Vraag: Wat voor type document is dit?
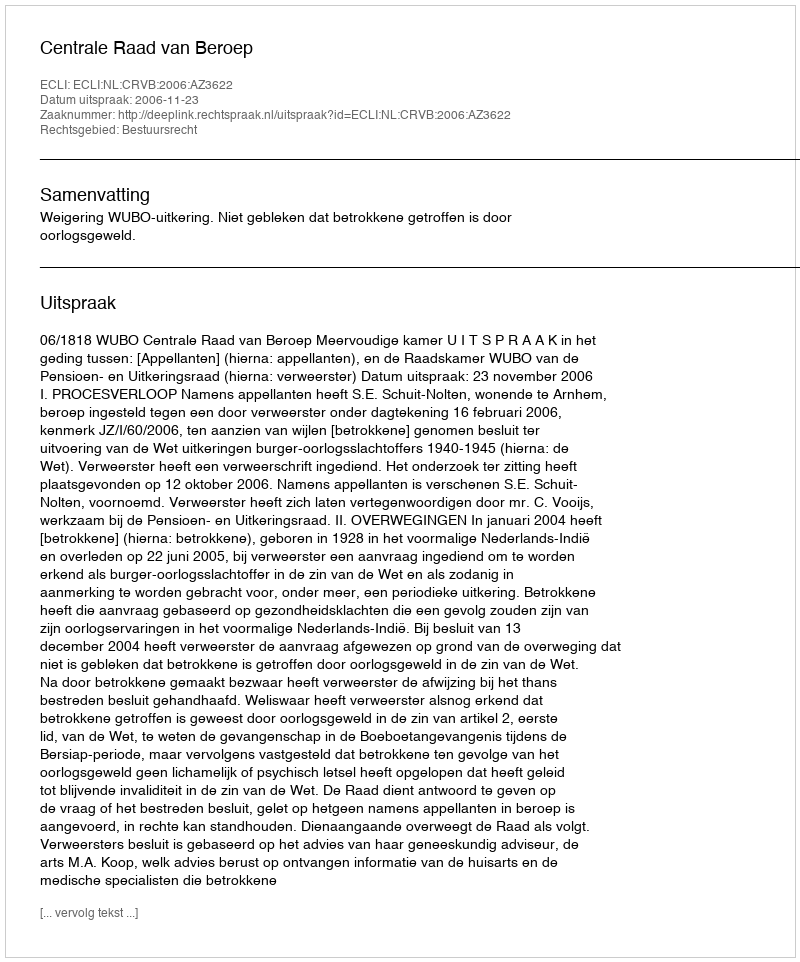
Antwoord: Uitspraak